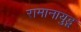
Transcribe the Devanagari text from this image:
रामानायुडू